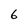
Character: 6